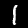
Digit: 1